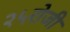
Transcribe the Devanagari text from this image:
२५रोजी